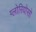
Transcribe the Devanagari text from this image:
ग्लोरियोसो